Report on the treatment of epidemic cholera: from information collected by the governments of Bengal, Madras, Bombay, N.W. Provinces, Punjab, Oudh, and Central India, by order of the Government of India
Disease focus: Cholera
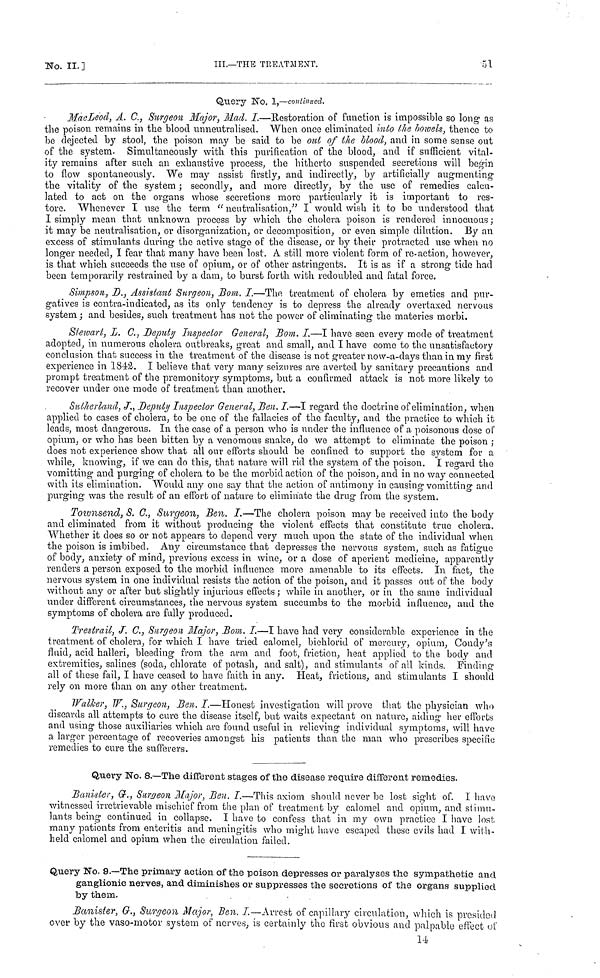
No.
II.]
III.—THE TREATMENT.
51
Query No. 1,—continued.
MacLeod, A. C., Surgeon Major, Mad. I.—Restoration of function is impossible so long as
the poison remains in the blood unneutralised. When once eliminated into the bowels, thence to
be dejected by stool, the poison may be said to be out of the blood, and in some sense ont
of the system. Simultaneously with this purification of the blood, and if sufficient vital-
ity remains after such an exhaustive process, the hitherto suspended secretions will begin
to flow spontaneously. We may assist firstly, and indirectly, by artificially augmenting
the vitality of the system ; secondly, and more directly, by the use of remedies calcu-
lated to act on the organs whose secretions more particularly it is important to res-
tore. Whenever I use the term "neutralisation," I would wish it to be understood that
I simply mean that unknown process by which the cholera poison is rendered innocuous ;
it may be neutralisation, or disorganization, or decomposition, or even simple dilution. By an
excess of stimulants during the active stage of the disease, or by their protracted use when no
longer needed, I fear that many have been lost. A still more violent form of re-action, however,
is that which succeeds the use of opium, or of other astringents. It is as if a strong tide had
been temporarily restrained by a dam, to burst forth with redoubled and fatal force.
Simpson, D., Assistant Surgeon, Bom. I.—The treatment of cholera by emetics and pur-
gatives is contra-indicated, as its only tendency is to depress the already overtaxed nervous
system ; and besides, such treatment has not the power of eliminating the materies morbi.
Stewart, L. C., Deputy Inspector General, Bom. I.—I have seen every mode of treatment
adopted, in numerous cholera outbreaks, great and small, and I have come to the unsatisfactory
conclusion that success in the treatment of the disease is not greater now-a-days than in my first
experience in 1842. I believe that very many seizures are averted by sanitary precautions and
prompt treatment of the premonitory symptoms, but a confirmed attack is not more likely to
recover under one mode of treatment than another.
Sutherland, J., Deputy Inspector General, Ben. I.—I regard the doctrine of elimination, when
applied to cases of cholera, to be one of the fallacies of the faculty, and the practice to which it
leads, most dangerous. In the case of a person who is under the influence of a poisonous dose of
opium, or who has been bitten by a venomous snake, do we attempt to eliminate the poison ;
does not experience show that all our efforts should be confined to support the system for a
while, knowing, if we can do this, that nature will rid the system of the poison. I regard the
vomitting and purging of cholera to be the morbid action of the poison, and in no way connected
with its elimination. Would any one say that the action of antimony in causing vomitting and
purging was the result of an effort of nature to eliminate the drug from the system.
Townsend, S. C., Surgeon, Ben. I.—The cholera poison may be received into the body
and eliminated from it without producing the violent effects that constitute true cholera.
Whether it does so or not appears to depend very much upon the state of the individual when
the poison is imbibed. Any circumstance that depresses the nervous system, such as fatigue
of body, anxiety of mind, previous excess in wine, or a dose of aperient medicine, apparently
renders a person exposed to the morbid influence more amenable to its effects. In fact, the
nervous system in one individual resists the action of the poison, and it passes out of the body
without any or after but slightly injurious effects ; while in another, or in the same individual
under different circumstances, the nervous system succumbs to the morbid influence, and the
symptoms of cholera are fully produced.
Trestrail, J. C., Surgeon Major, Bom. I.—I have had very considerable experience in the
treatment of cholera, for which I have tried calomel, bichlorid of mercury, opium, Condy's
fluid, acid halleri, bleeding from the arm and foot, friction, heat applied to the body and
extremities, salines (soda, chlorate of potash, and salt), and stimulants of all kinds. Finding
all of these fail, I have ceased to have faith in any. Heat, frictions, and stimulants I should
rely on more than on any other treatment.
Walker, W., Surgeon, Ben. I.—Honest investigation will prove that the physician who
discards all attempts to cure the disease itself, but waits expectant on nature, aiding her efforts
and using those auxiliaries which are found useful in relieving individual symptoms, will have
a larger percentage of recoveries amongst his patients than the man who prescribes specific
remedies to cure the sufferers.
Query No. 8.—The different stages of the disease require different remedies.
Banister, G., Surgeon Major, Ben. I.—This axiom should never be lost sight of. I have
witnessed irretrievable mischief from the plan of treatment by calomel and opium, and stimu-
lants being continued in collapse. I have to confess that in my own practice I have lost
many patients from enteritis and meningitis who might have escaped these evils had I with-
held calomel and opium when the circulation failed.
Query No. 9.—The primary action of the poison depresses or paralyses the sympathetic and
ganglionic nerves, and diminishes or suppresses the secretions of the organs supplied
by them.
Banister, G., Surgeon Major, Ben. I.—Arrest of capillary circulation, which is presided
over by the vaso-motor system of nerves, is certainly the first obvious and palpable effect of
14